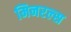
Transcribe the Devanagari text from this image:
मिनरल्‍स